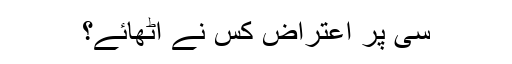
سی پر اعتراض کس نے اٹھائے؟